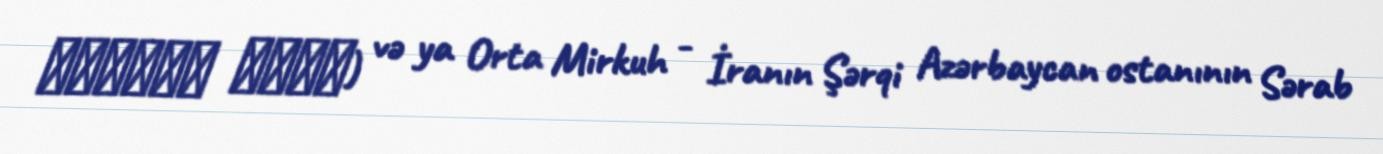
ميركوه وسطي) və ya Orta Mirkuh - İranın Şərqi Azərbaycan ostanının Sərab